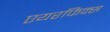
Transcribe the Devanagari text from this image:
एयरफिक्स